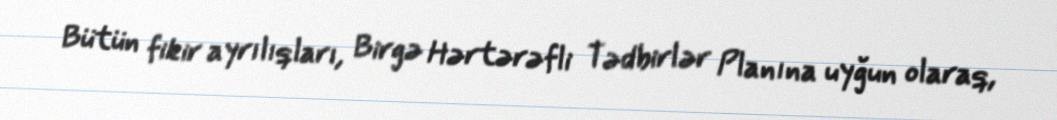
Bütün fikir ayrılıqları, Birgə Hərtərəfli Tədbirlər Planına uyğun olaraq,